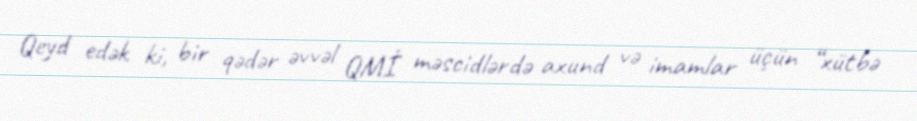
Qeyd edək ki, bir qədər əvvəl QMİ məscidlərdə axund və imamlar üçün “xütbə